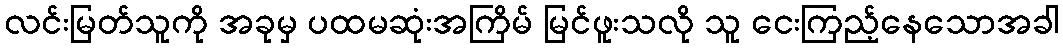
လင်းမြတ်သူကို အခုမှ ပထမဆုံးအကြိမ် မြင်ဖူးသလို သူ ငေးကြည့်နေသောအခါ